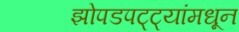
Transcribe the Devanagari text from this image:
झोपडपट्ट्यांमधून